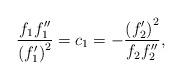
LaTeX: \begin{align*}\frac{f_{1}f_{1}^{\prime \prime }}{\left( f_{1}^{\prime }\right) ^{2}}=c_{1}=-\frac{\left( f_{2}^{\prime }\right) ^{2}}{f_{2}f_{2}^{\prime \prime }}, \end{align*}